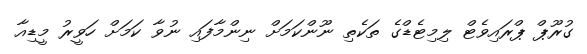
ގުރޫޕް ޕްރައިވެޓް ލިމިޓެޑްގެ ތަކެތި ނޫންކަމަށް ނިންމާފައި ނުވާ ކަމަށް ހަވީރު މީޑިއާ